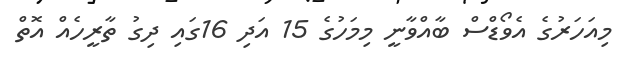
މިއަހަރުގެ އެވޯޑްސް ބާއްވާނީ މިމަހުގެ 15 އަދި 16ގައި ދިގު ތާރީހެއް އޮތް